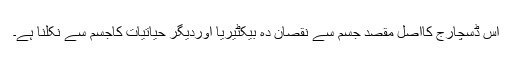
اس ڈسچارج کااصل مقصد جسم سے نقصان دہ بیکٹیریا اوردیگر حیاتیات کاجسم سے نکلنا ہے۔